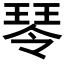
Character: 𤧂